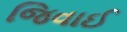
જિવાઈ